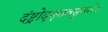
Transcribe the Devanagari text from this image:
दंष्ट्रोद्धृतवसुन्धरे।